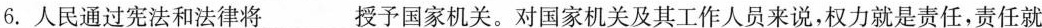
6. 人民通过宪法和法律将___授予国家机关。对国家机关及其工作人员来说，权力就是责任，责任就